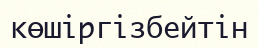
көшіргізбейтін